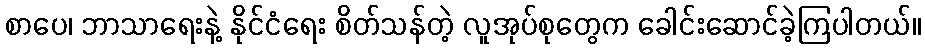
စာပေ၊ ဘာသာရေးနဲ့ နိုင်ငံရေး စိတ်သန်တဲ့ လူအုပ်စုတွေက ခေါင်းဆောင်ခဲ့ကြပါတယ်။